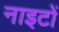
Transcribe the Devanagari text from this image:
नाइटों